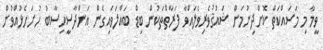
ވީމާ މި މަސައްކަތް ކޮށްދިނުމަށް ޝައުޤުވެރިވެލައްވާ ފަރާތްތަކުން ބިޑް ބައްލަވައިގެން އަންދާސީހިސާބު ހުށަހެޅުއްވުން